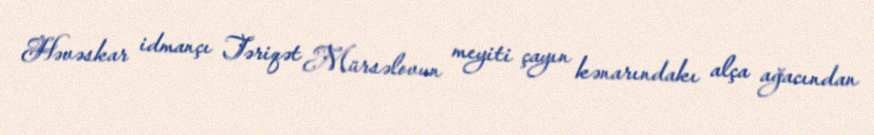
Həvəskar idmançı Təriqət Mürsəlovun meyiti çayın kənarındakı alça ağacından